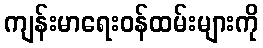
ကျန်းမာရေးဝန်ထမ်းများကို